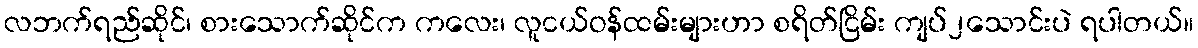
လဘက်ရည်ဆိုင်၊ စားသောက်ဆိုင်က ကလေး၊ လူငယ်ဝန်ထမ်းများဟာ စရိတ်ငြိမ်း ကျပ်၂သောင်းပဲ ရပါတယ်။